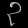
Digit: ၃